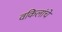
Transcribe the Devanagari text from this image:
वकिलांचे